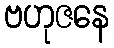
ဗဟုဇနေ